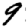
Digit: 9